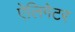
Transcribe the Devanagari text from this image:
ऐलिगेटर